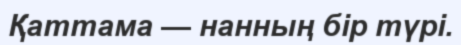
Қаттама — нанның бір түрі.